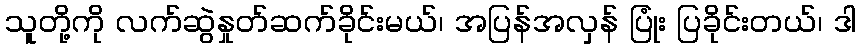
သူတို့ကို လက်ဆွဲနှုတ်ဆက်ခိုင်းမယ်၊ အပြန်အလှန် ပြုံး ပြခိုင်းတယ်၊ ဒါ